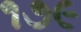
૧૭૯